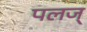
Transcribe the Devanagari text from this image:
पलज्